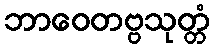
ဘာဝေတဗ္ဗသုတ္တံ